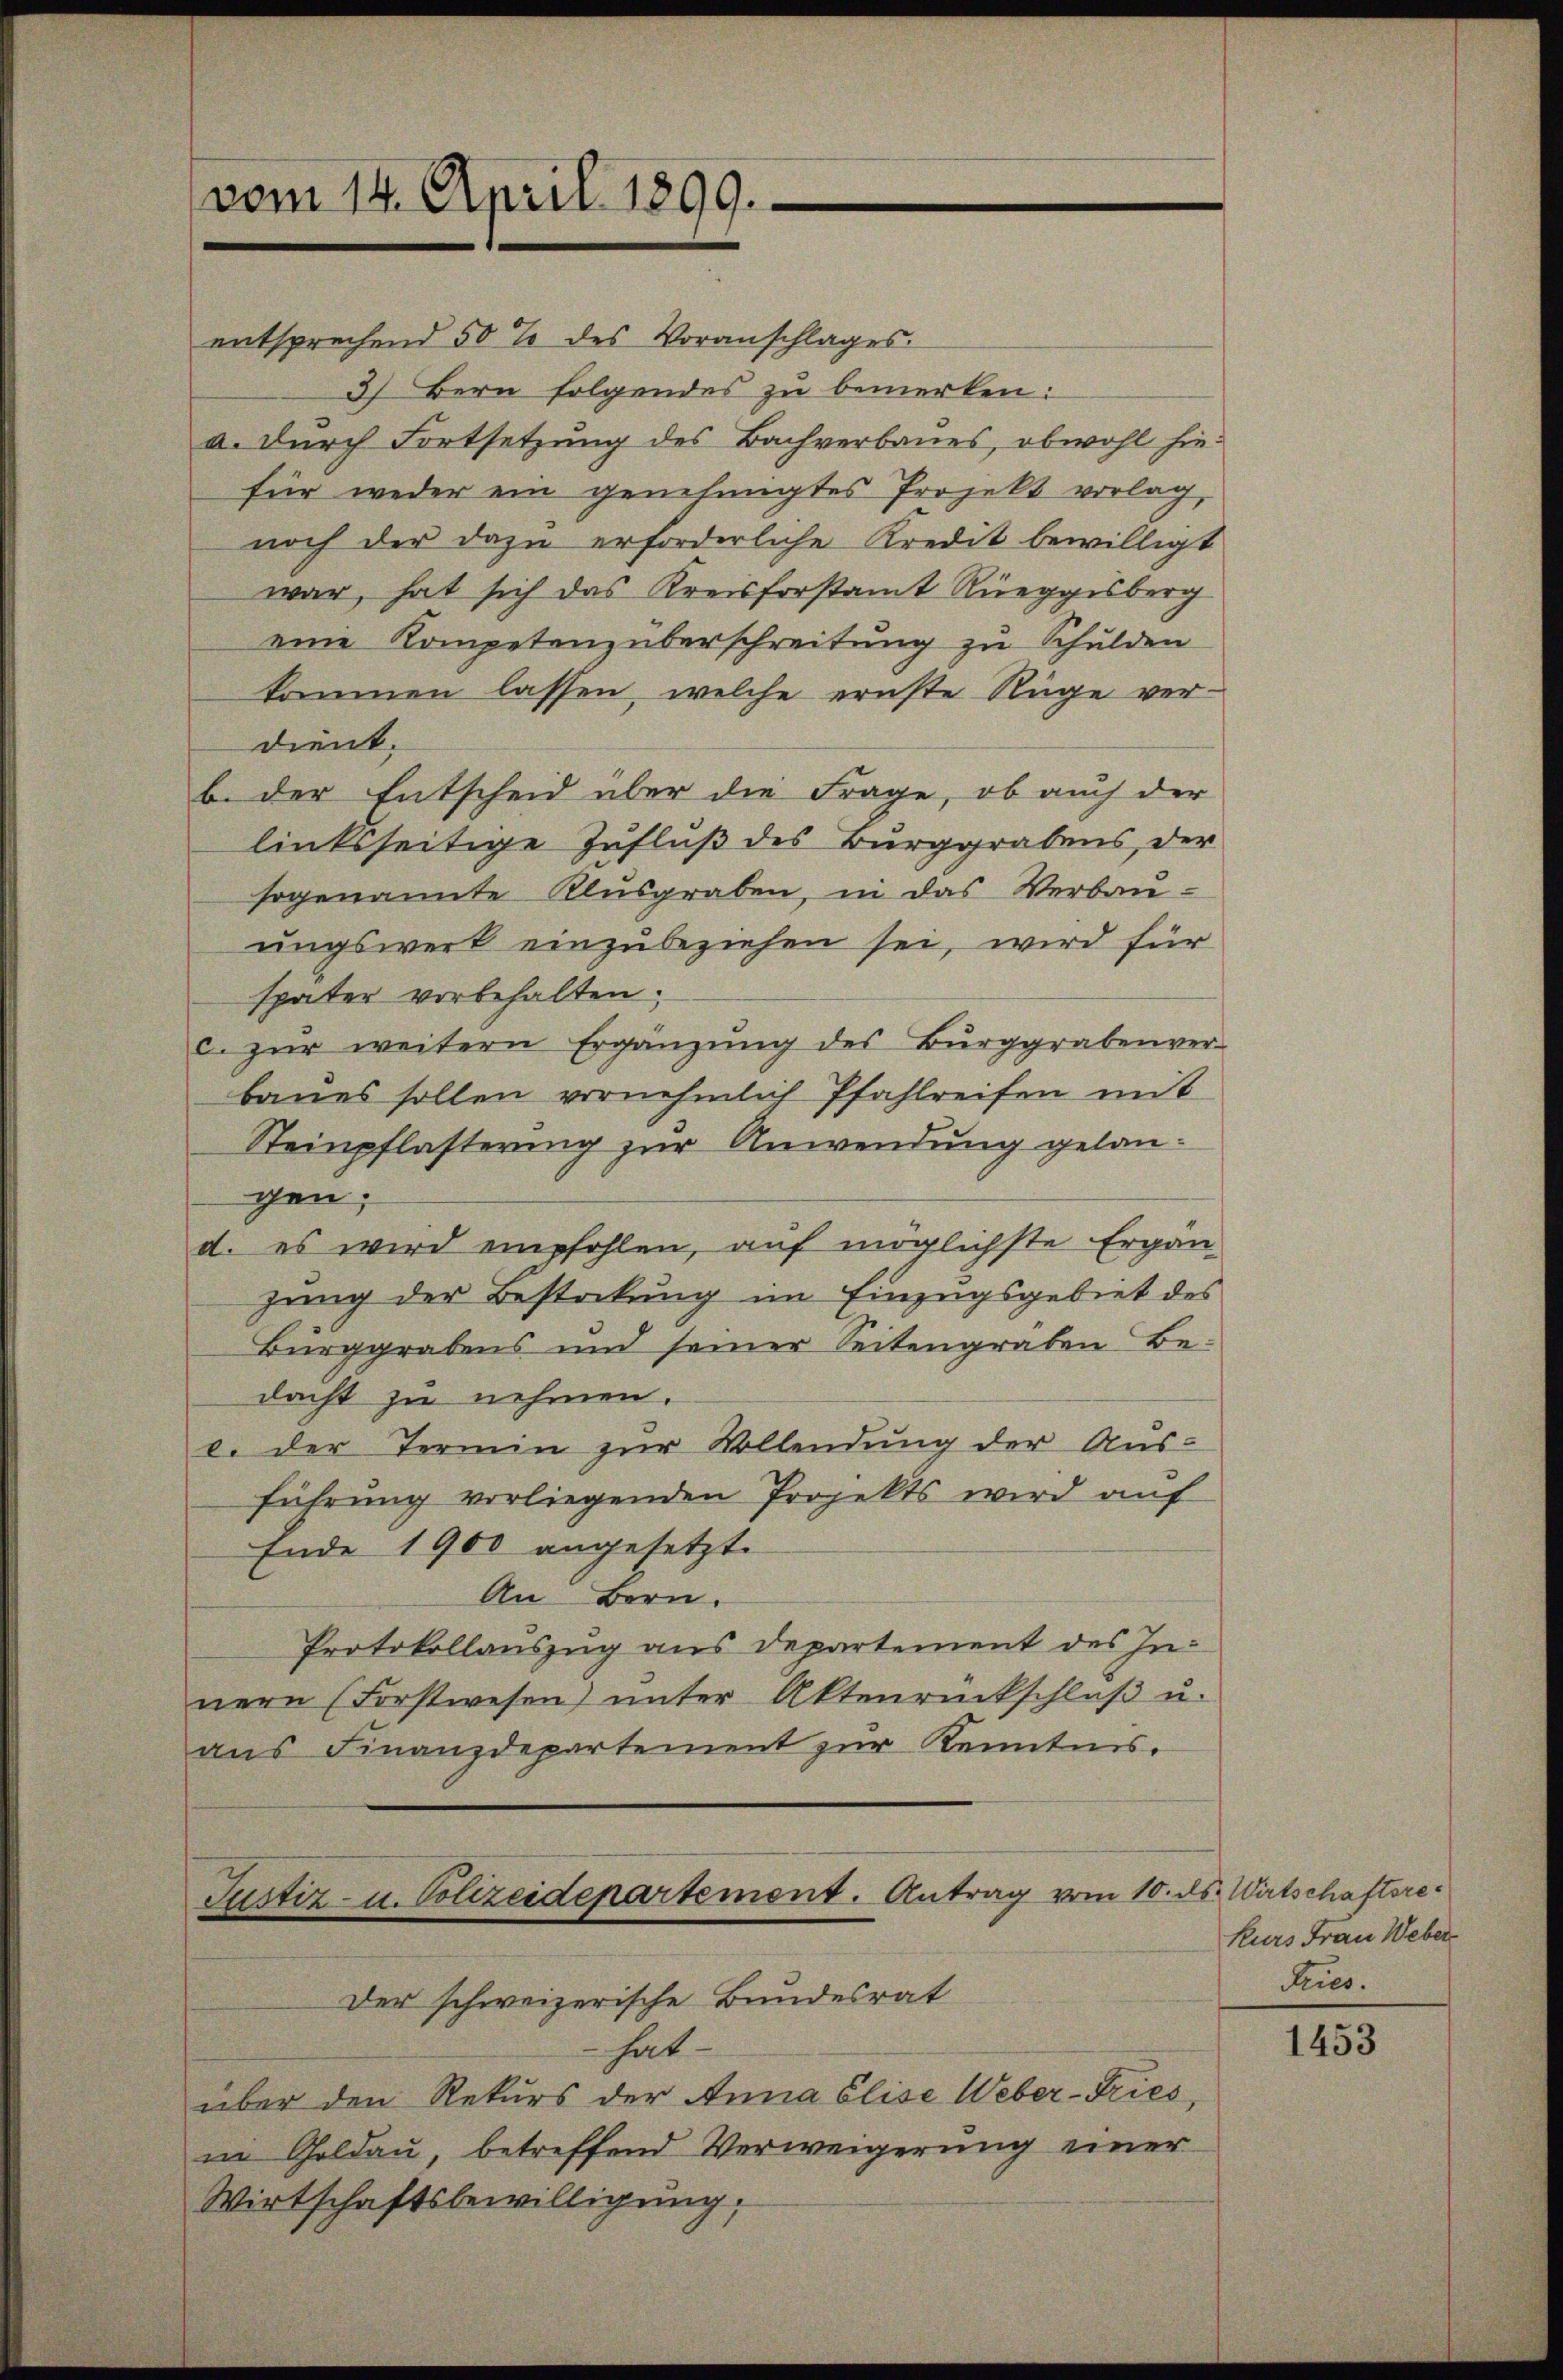
vom 14. April 1899.

entsprechend 50% des Voranschlages.
3) Bern folgendes zu bemerken:
a. Durch Fortsetzung des Bachverbaues, obwohl hiefür weder ein genehmigtes Projekt vorlag,
noch der dazu erforderliche Kredit bewilligt
war, hat sich das Kreisforstamt Rüeggisberg
eine Kompetenzüberschreitung zu Schulden
kommen lassen, welche ernste Rüge verdient.
b. der Entscheid über die Frage, ob auch der
linksseitige Zufluß des Burggrabens, der
sogenannte Klusgraben, in das Verbau-
ungswerk einzubeziehen sei, wird für
später vorbehalten.
c. zŭr weitern Ergänzŭng des Bürggrabenver-
baues sollen vornehmlich Pfahlreifen mit
Steinpflasterung zur Anwendung gelangen;
d. es wird empfohlen, auf möglichste Ergän-
zung der Bestockung im Einzugsgebiet des
Burggrabens und seiner Seitengräben Be-
dacht zu nehmen.
e. der Termin zur Vollendung der Ausführung vorliegenden Projekts wird auf
Ende 1900 angesetzt.
An Bern.
Protokollauszug aus Departement des Innern (Forstwesen ŭnter Aktenrückschlŭβ u.
ans Finanzdepartement zur Kenntnis.
Justiz- u. Polizeidepartement. Antrag vom 10. ds. Wirtschaftsre¬
Der schweizerische Bundesrat
hat
über den Rekurs der Anna Elise Weber-Tries,
in Goldau, betreffend Verweigerung einer
Wirtschaftsbewilligung,

Kurs Frau Weber
Pries.

1453